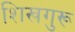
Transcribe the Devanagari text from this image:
शिखगुरू